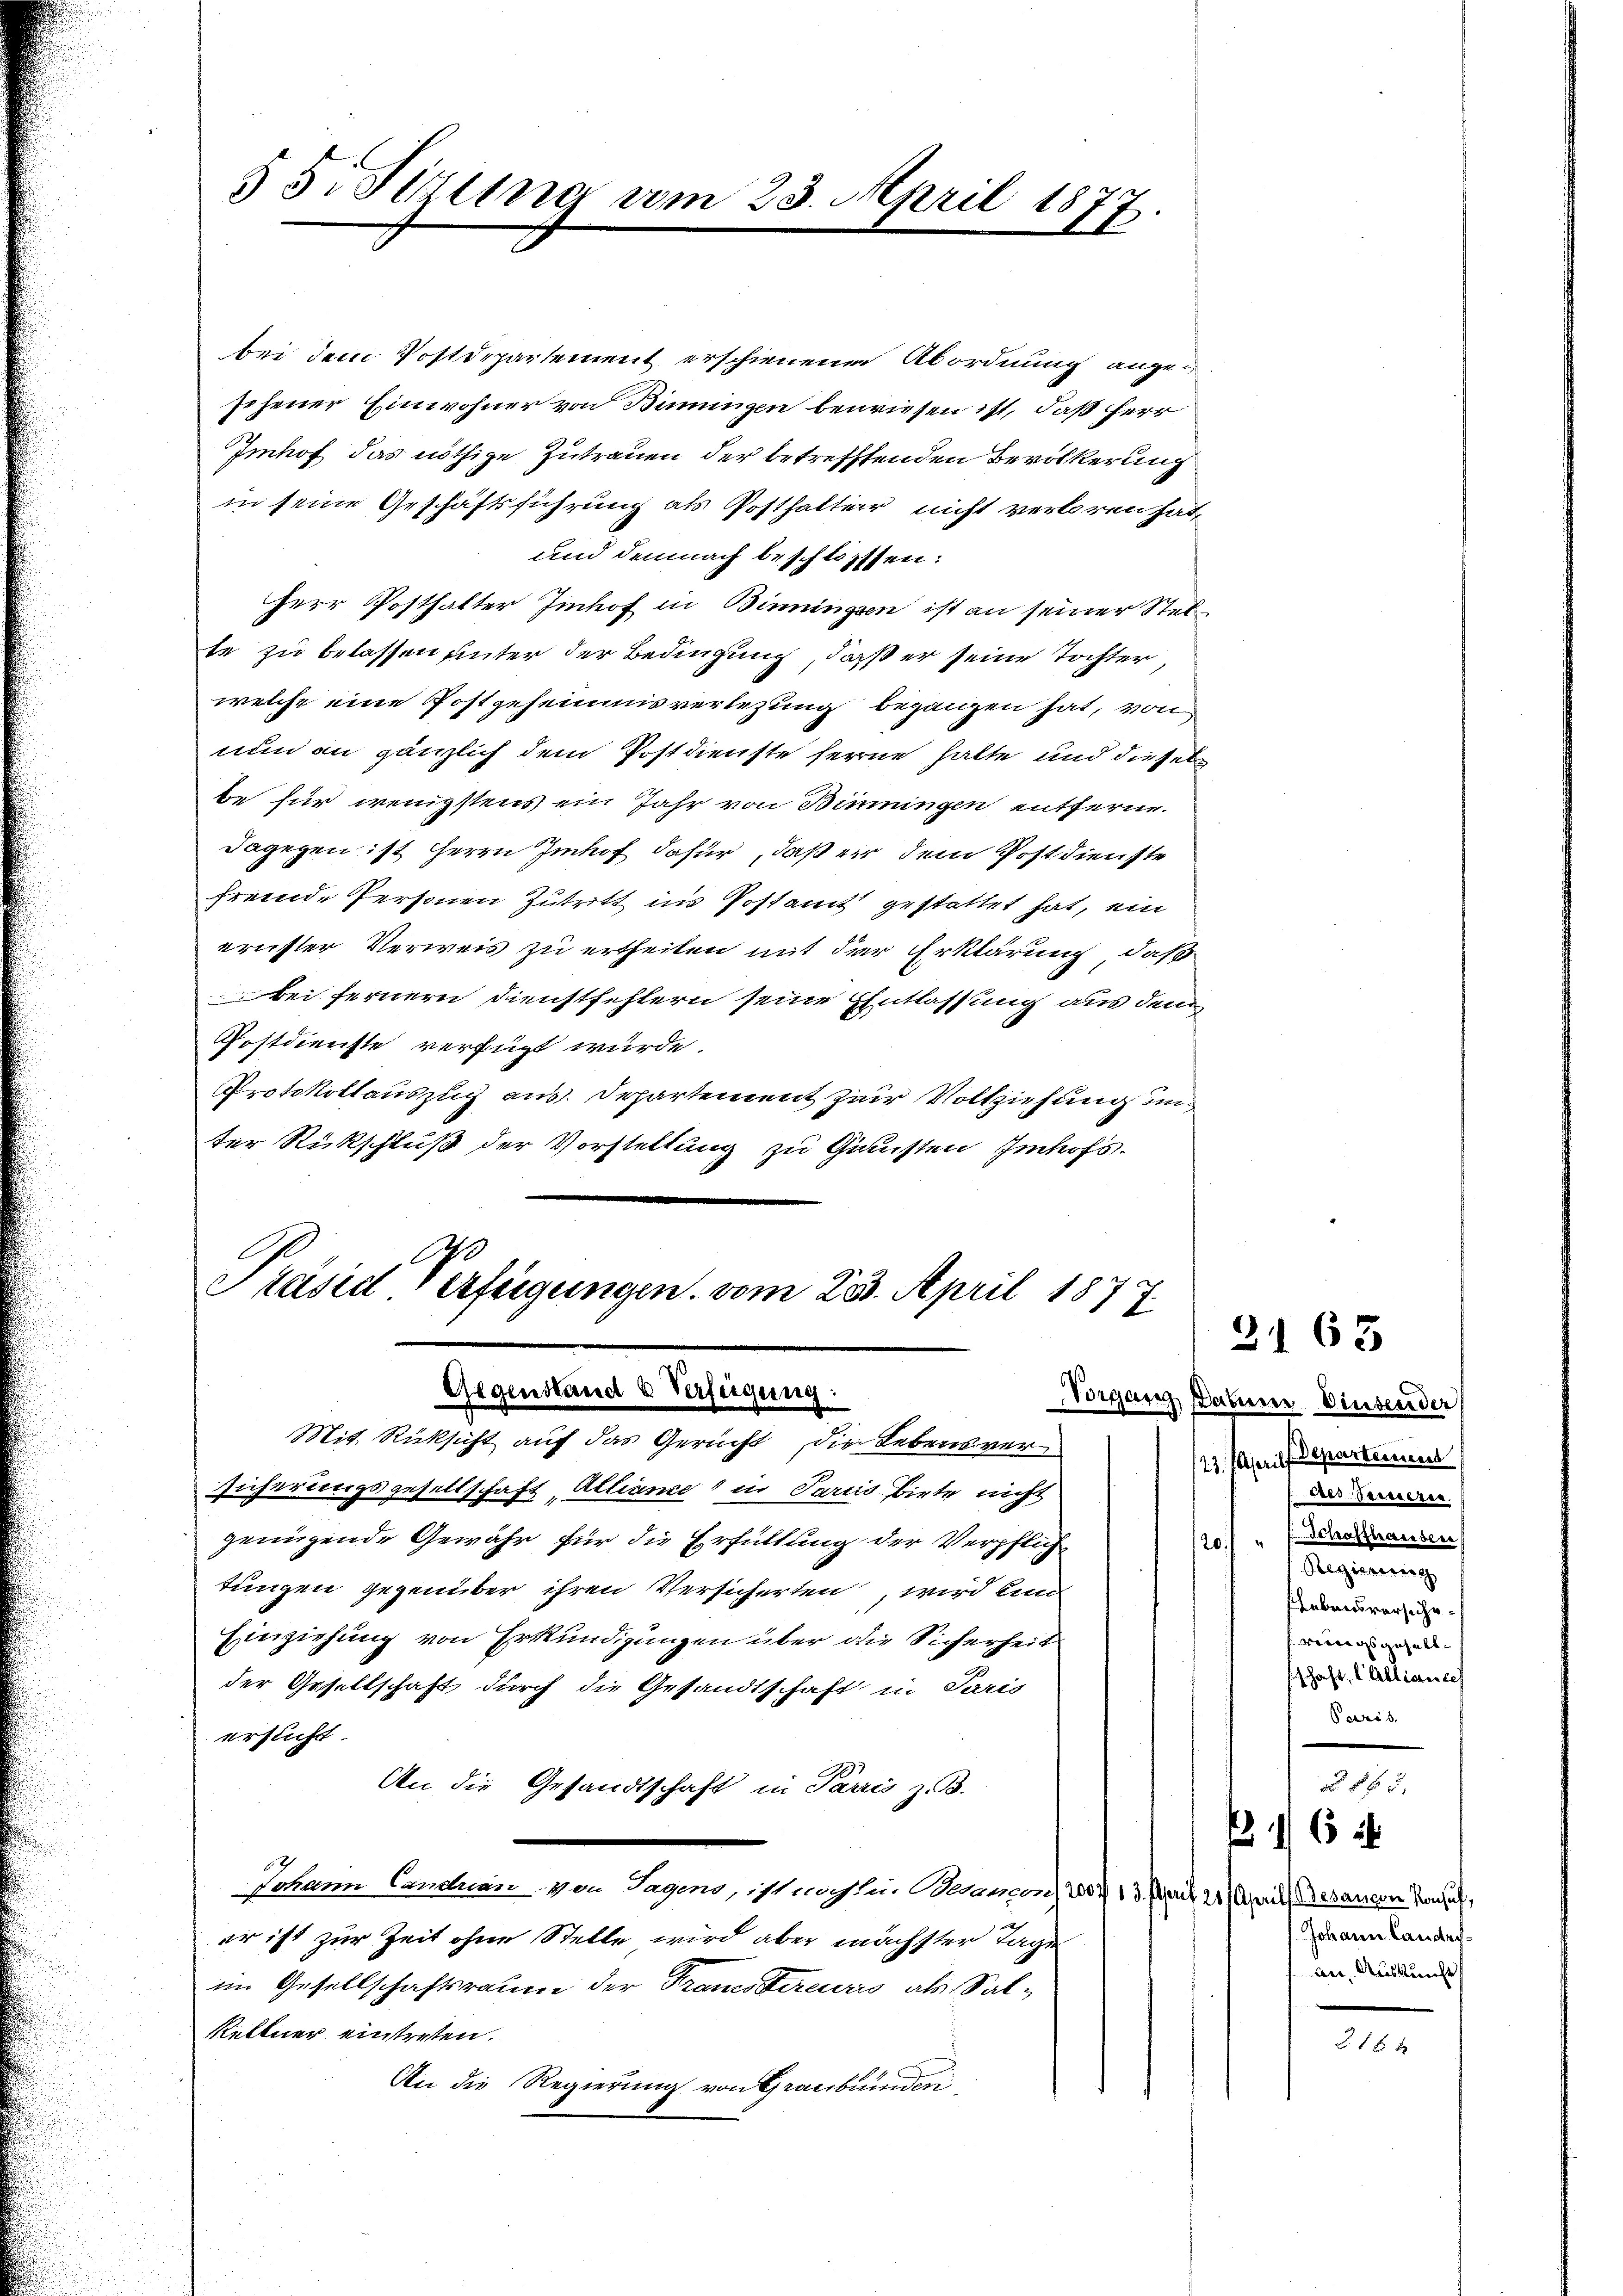
§ 5. Sitzung vom 23. April 1877

bei dem Postdepartement erschienenen Abordnung angesehener Einwohner von Bimmungen bewiesen ist, daß Herr
Imhof das nöthige Zutrauen der betreffenden Bevölkerung
in seine Geschäftsführung als Posthalter nicht verloren hat,
und demnach beschlossen:
Herr Posthalter Einhof in Binningen ist an seiner Stelte zu belassen unter der Bedingung, daß er seine Tochter,
welche eine Postgeheimisverlegung begangen hat, von
nun an gänzlich dem Postdienste ferne halte und diesel
be für wenigstens ein Jahr von Binningen entfernedagegen ist Herrn Imhof dafür, daß er dem Post dienste
fremde Personen Zutritt ins Postamt gestattet hat, ein
ernster Verweis zu ertheilen mit der Erklärung, daß
bei fernern Dienstfehlern seine Entlassung aus dem
Postdienste verfügt wurde.
Protokollauszug aus. Departement zur Vollziehung un
ter Rückschluß der Vorstellung zu Gunsten Imhofs.

Präsid Verfügungen vom 23. April 1877.
Gegenstand & Verfügung:
Mit Rücksicht auf das Gericht die Lebensver¬

sicherungsgesellschaft, Alliance in Paris biete nicht
genügende Gewähr für die Erfüllung der Verpflich
tungen gegenüber ihren Versicherten, wird und
Einziehung von Erkundigungen über die Sicherheit
der Gesellschaft durch die Gesandtschaft in Paris
ersucht.
An die Gesandtschaft in Parris z. B.
Johann Candran von Sagens, ist noch sie. Brancon 200 f 13. Merit 21. April (Besancon Konsul,
er ist zur Zeit ohne Stelle wird aber nächster Tage
im Gesellschaftsraum der Transtercurs als Sal¬
Reltner eintreten.
An die Regierung von Graubünden.

Vorgang Daher Einsender
23. Juris Departement
des Vereieren.
Schaffhausler
f
Regierung
ebensversichewenigsgesellschaft, Allianseh
Paris
No 862,
16
Johann Landesan. Auskunft

2163

25 x x